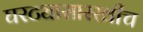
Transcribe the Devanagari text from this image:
घरट्यासारखीच